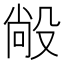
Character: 㲂